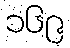
၁၆၉